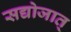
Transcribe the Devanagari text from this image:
सद्योजात्